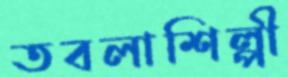
তবলাশিল্পী